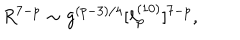
R ^ { 7 - p } \sim g ^ { ( p - 3 ) / 4 } [ \ell _ { p } ^ { ( 1 0 ) } ] ^ { 7 - p } ,